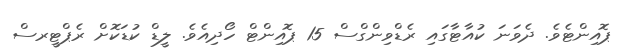
ޕޮއިންޓެވެ. ދެވަނަ ކުއާޓާގައި ރެޑްވިންގްސް 15 ޕޮއިންޓް ހޯދިއެވެ. ލީޑް ކުޑަކޮށް ރެޕްޓީރސް